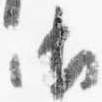
御